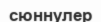
сюннулер